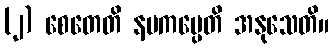
(၂) စေတေတိ နပကပ္ပေတိ အနုသေတိ။